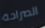
الصراحة